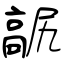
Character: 髛